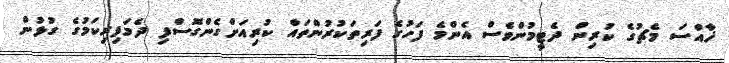
ޚާއްސަ މެޗުގެ ކުރިން ދެޓީމުންވެސް އެންމެ ފަހުގެ ފަރިތަކުރުންތައް ކުރިއަށްގެންގޮސްފި ދެމަފިރިކަމުގެ ގުޅުން